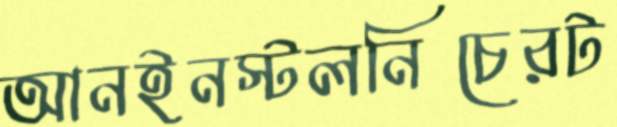
আনইনস্টলনিচেরট